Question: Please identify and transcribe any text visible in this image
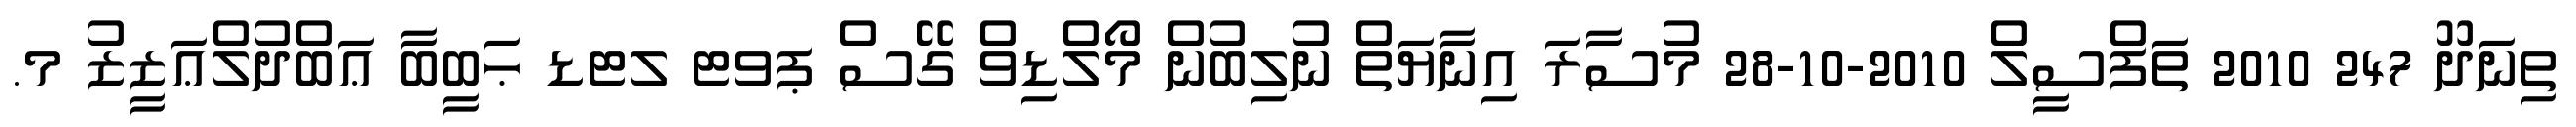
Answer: ތިނަދޫ 247 2010 ތަފްސީލް 2010-10-28 މުސާރަ އިނާޔަތް ނުލިބުން މޯލްޑިވް ގޭސް ޕވޓ ލޓޑ ޙަބީބާ ޢަބްދުލްޢަޒީޒު މ.